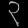
Digit: ၃